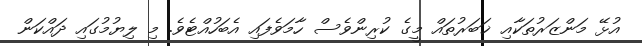
އުޅޭ މަންޒަރުތަކާއި ޚަބަރުތައް މީގެ ކުރިންވެސް ހާމަވެފައި އެބަހުއްޓެވެ. މި ލިޔުމުގައި ދައްކަން